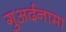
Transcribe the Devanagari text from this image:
गुअर्दनामा